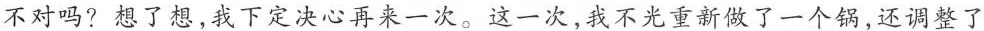
不对吗?想了想，我下定决心再来一次。这一次，我不光重新做了一个锅，还调整了